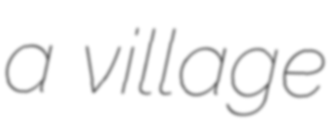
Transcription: a village